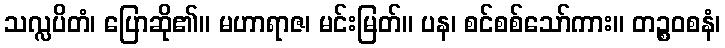
သလ္လပိတံ၊ ပြောဆို၏။ မဟာရာဇ၊ မင်းမြတ်။ ပန၊ စင်စစ်သော်ကား။ တဉ္စဝစနံ၊